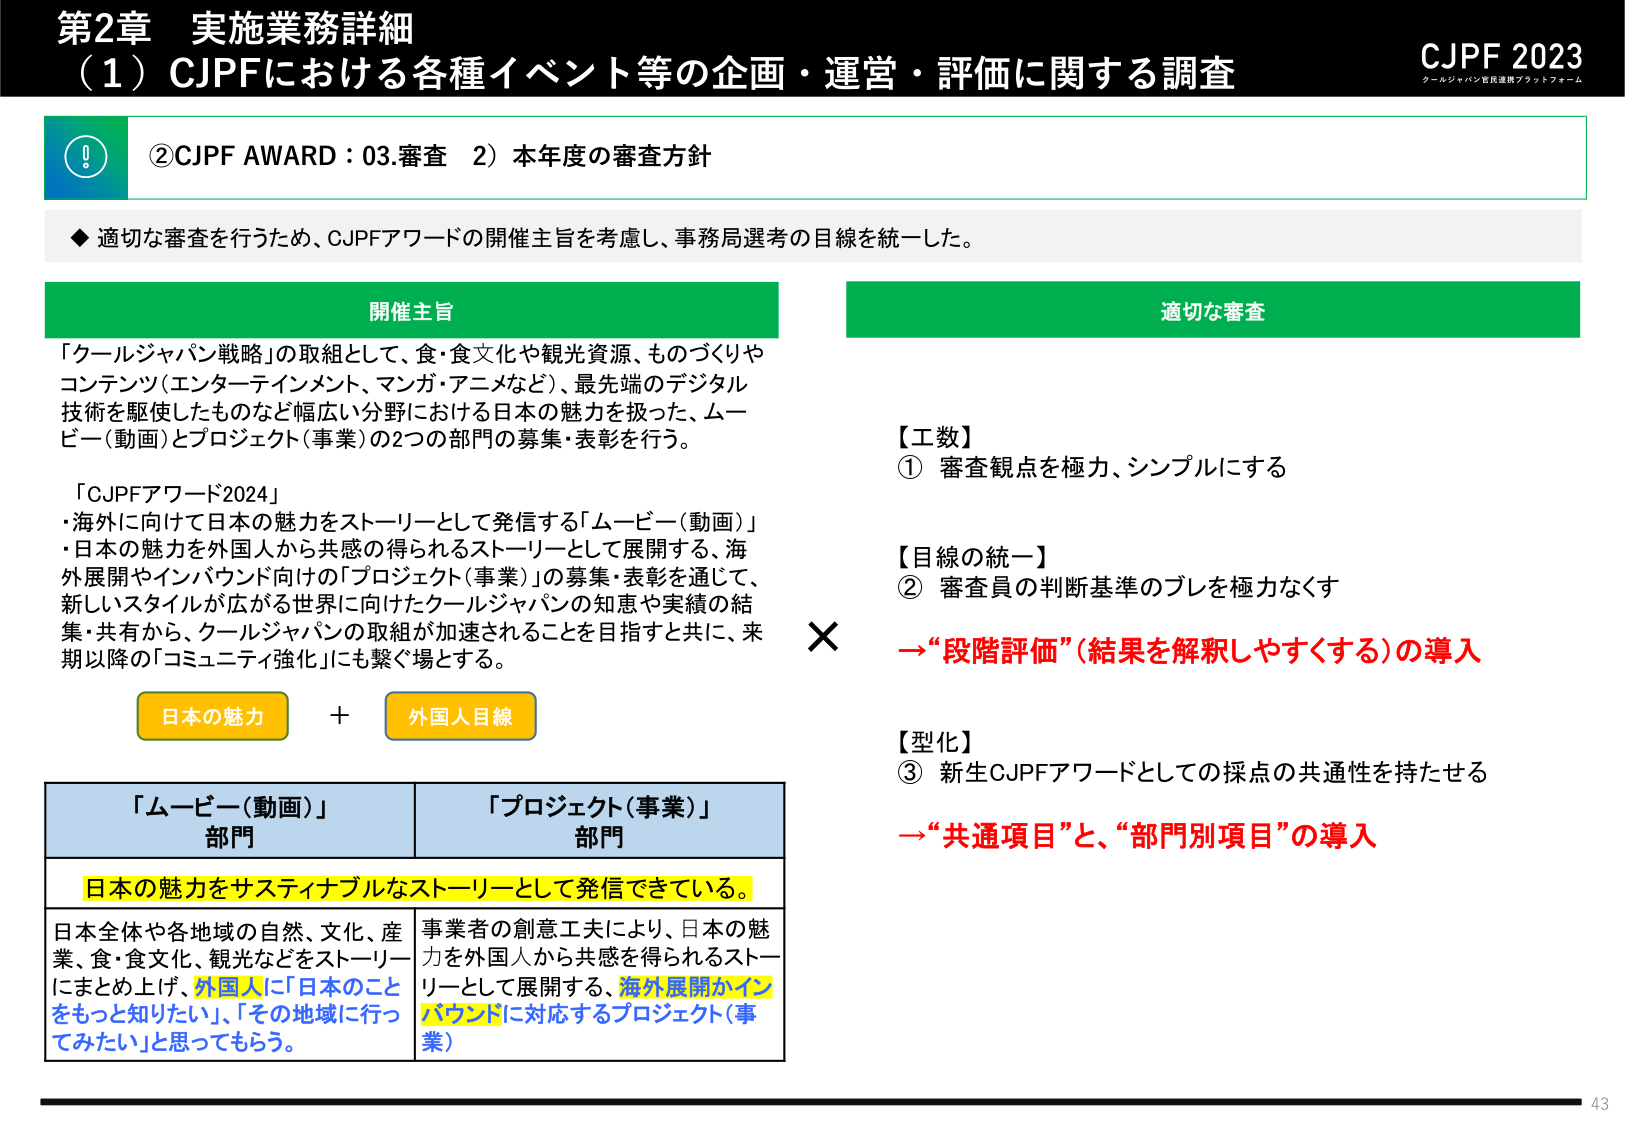
第2章 実施業務詳細
（1）CJPFにおける各種イベント等の企画・運営・評価に関する調査

CJPF 2023
クールジャパン官民連携プラットフォーム

②CJPF AWARD：03.審査 2）本年度の審査方針

◆ 適切な審査を行うため、CJPFアワードの開催主旨を考慮し、事務局選考の目線を統一した。

開催主旨
「クールジャパン戦略」の取組として、食・食文化や観光資源、ものづくりやコンテンツ（エンターテインメント、マンガ・アニメなど）、最先端のデジタル技術を駆使したものなど幅広い分野における日本の魅力を扱った、ムービー（動画）とプロジェクト（事業）の2つの部門の募集・表彰を行う。

「CJPFアワード2024」
・海外に向けて日本の魅力をストーリーとして発信する「ムービー（動画）」
・日本の魅力を外国人から共感の得られるストーリーとして展開する、海外展開やインバウンド向けの「プロジェクト（事業）」の募集・表彰を通じて、新しいスタイルが広がる世界に向けたクールジャパンの知恵や実績の結集・共有から、クールジャパンの取組が加速されることを目指すと共に、来期以降の「コミュニティ強化」にも繋ぐ場とする。

日本の魅力 + 外国人目線

「ムービー（動画）」
部門

「プロジェクト（事業）」
部門

日本の魅力をサスティナブルなストーリーとして発信できている。

日本全体や各地域の自然、文化、産業、食・食文化、観光などをストーリーにまとめ上げ、外国人に「日本のことをもっと知りたい」、「その地域に行ってみたい」と思ってもらう。

事業者の創意工夫により、日本の魅力を外国人から共感を得られるストーリーとして展開する、海外展開かインバウンドに対応するプロジェクト（事業）

適切な審査

【工数】
① 審査観点を極力、シンプルにする

【目線の統一】
② 審査員の判断基準のブレを極力なくす
→“段階評価”（結果を解釈しやすくする）の導入

【型化】
③ 新生CJPFアワードとしての採点の共通性を持たせる
→“共通項目”と、“部門別項目”の導入

43